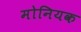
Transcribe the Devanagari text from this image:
मोनियक